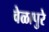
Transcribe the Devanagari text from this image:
वेळापुरे